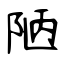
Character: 陋